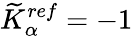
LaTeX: \widetilde{K}_{\alpha}^{ref}=-1